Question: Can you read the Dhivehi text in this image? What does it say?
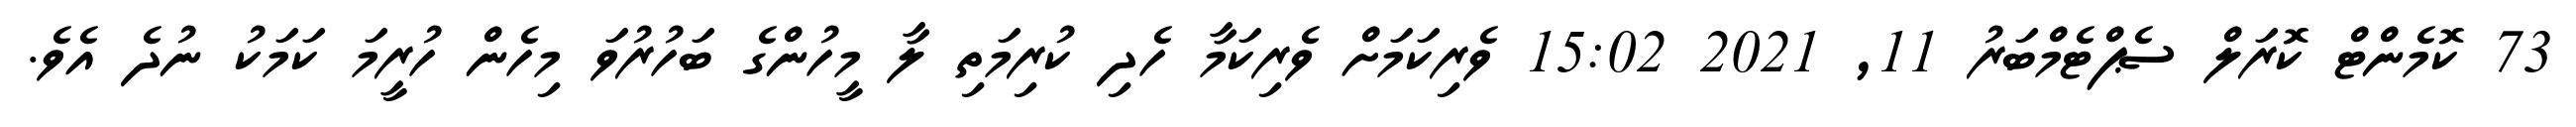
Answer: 73 ކޮމެންޓް ކޮރަލް ސެޕްޓެމްބަރު 11, 2021 15:02 ވެރިކަމަށް ވެރިކަމާ ހެދި ކުރިމަތި ލާ މީހުންގެ ބަހުރުވަ މިހެން ހުރީމަ ކަމަކު ނުދެ އެވެ.